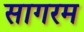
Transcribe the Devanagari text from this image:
सागरम